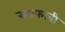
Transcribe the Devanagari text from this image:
सफ़्फ़ावी